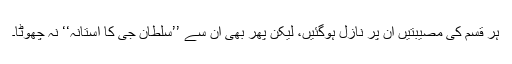
ہر قسم کی مصیبتیں ان پر نازل ہوگئیں، لیکن پھر بھی ان سے ’’سلطان جی کا آستانہ‘‘ نہ چھوٹا۔